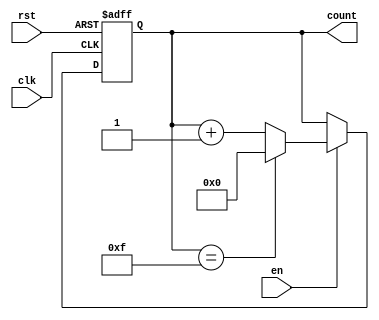
module multi_bit_counter #(parameter N = 4) (
    input wire clk,        // Clock input
    input wire rst,        // Asynchronous reset
    input wire en,         // Counting enable
    output reg [N-1:0] count // N-bit counter output
);

// Maximum count value based on bit width N
localparam MAX_COUNT = (1 << N) - 1;

always @(posedge clk or posedge rst) begin
    if (rst) begin
        // Asynchronous reset: set count to 0
        count <= 0;
    end else if (en) begin
        // Increment counter when enabled
        if (count == MAX_COUNT) begin
            count <= 0; // Wrap around to 0
        end else begin
            count <= count + 1; // Increment count
        end
    end
    // If en is low, do nothing (hold current value)
end

endmodule